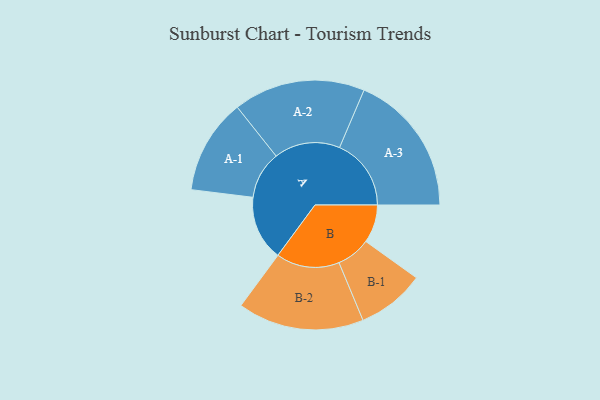
{"axis": {"x": "Segment", "y": "Value"}, "legend": ["", "A", "B"], "data": [{"x": "A", "y": 262, "type": ""}, {"x": "B", "y": 154, "type": ""}, {"x": "A-1", "y": 192, "type": "A"}, {"x": "A-2", "y": 266, "type": "A"}, {"x": "A-3", "y": 289, "type": "A"}, {"x": "B-1", "y": 137, "type": "B"}, {"x": "B-2", "y": 255, "type": "B"}]}